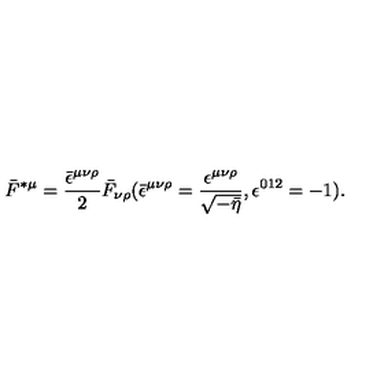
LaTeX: \bar { F } ^ { \ast \mu } = \frac { \bar { \epsilon } ^ { \mu \nu \rho } } { 2 } \bar { F } _ { \nu \rho } ( \bar { \epsilon } ^ { \mu \nu \rho } = \frac { \epsilon ^ { \mu \nu \rho } } { \sqrt { - \bar { \eta } } } , \epsilon ^ { 0 1 2 } = - 1 ) .